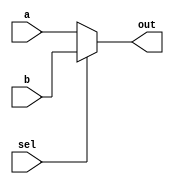
`timescale 1ns / 1ps
//////////////////////////////////////////////////////////////////////////////////
// Company: 
// Engineer: 
// 
// Design Name: 
// Module Name: Mux2to1
// Project Name: 
// Target Devices: 
// Tool Versions: 
// Description: 
// 
// Dependencies: 
// 
// Revision:
// Revision 0.01 - File Created
// Additional Comments:
// 
//////////////////////////////////////////////////////////////////////////////////


module Mux2to1(
    input a,
    input b,
    input sel,
    output out
    );
    
    assign out = sel ? b : a;
    
endmodule